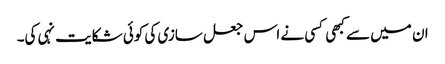
ان میں سے کبھی کسی نے اس جعل سازی کی کوئی شکایت نہی کی۔